Vaccination United Provinces of Agra and Oudh 1902-1913 - 1902-1913
Year: 1902
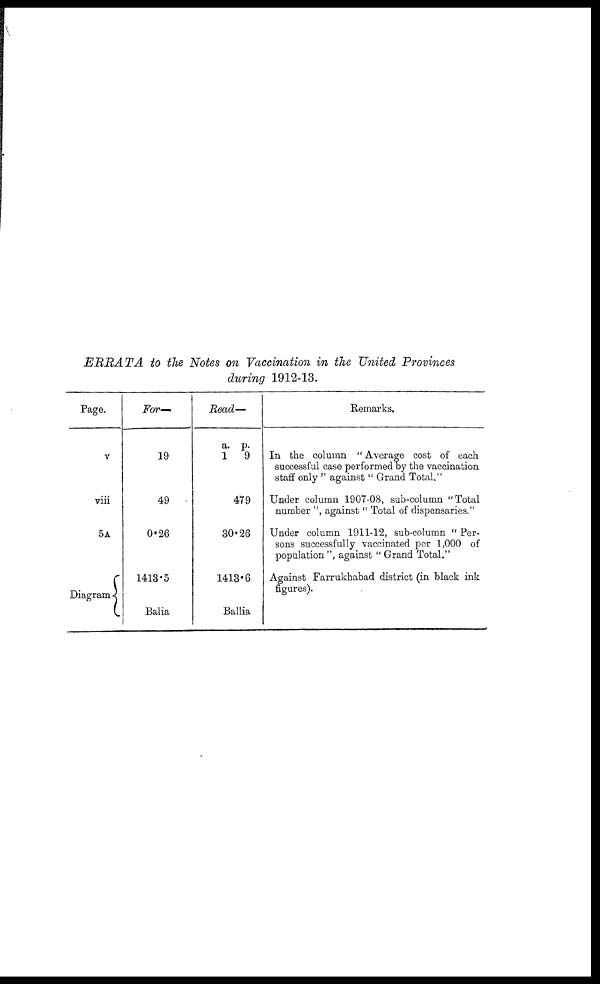
ERRATA to the Notes on Vaccination in the United Provinces
during 1912-13.
Page.
v
viii
5A
Diagram
For—
19
49
0.26
1413.5
Balia
Read
a.
1
—
p.
9
479
30.26
1413.6
Ballia
Remarks.
In the column " Average cost of each
successful case performed by the vaccination
staff only " against " Grand Total."
Under column 1907-08, sub-column "Total
number ", against " Total of dispensaries."
Under column 1911-12, sub-column " Per-
sons successfully vaccinated per 1,000 of
population ", against " Grand Total."
Against Farrukhabad district (in black ink
figures).